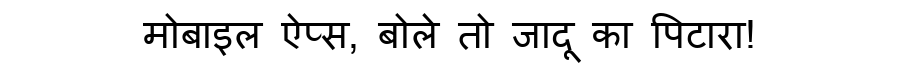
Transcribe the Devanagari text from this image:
मोबाइल ऐप्स, बोले तो जादू का पिटारा!